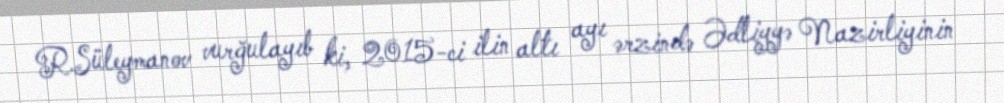
R.Süleymanov vurğulayıb ki, 2015-ci ilin altı ayı ərzində Ədliyyə Nazirliyinin